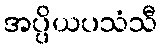
အပ္ပိယပသံသီ